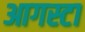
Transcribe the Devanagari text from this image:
आगस्टा